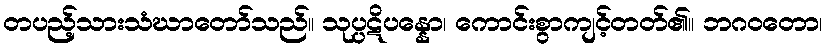
တပည့်သားသံဃာတော်သည်။ သုပ္ပဋိပန္နော၊ ကောင်းစွာကျင့်တတ်၏။ ဘဂဝတော၊